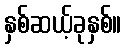
နှစ်ဆယ့်ခုနှစ်။